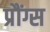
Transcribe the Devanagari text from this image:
प्रौंग्स